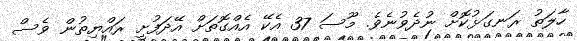
ހާލަތު ރަނގަޅުކޮށް ނުދެވުނެވެ. މޫސަ 37 އެކޭ އެއްގޮތަށް އޭދަފުށީ ރައްޔިތުން ވެސް